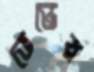
ভেন্ডের